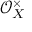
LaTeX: { \mathcal { O } } _ { X } ^ { \times }